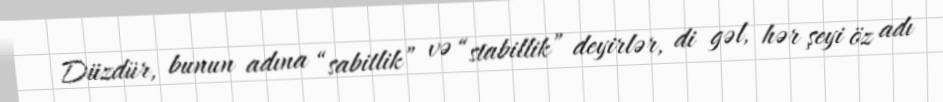
Düzdür, bunun adına “sabitlik” və “stabillik” deyirlər, di gəl, hər şeyi öz adı